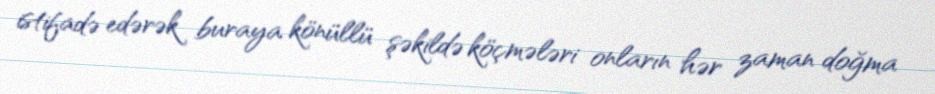
istifadə edərək buraya könüllü şəkildə köçmələri onların hər zaman doğma